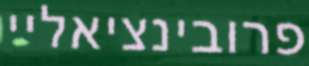
פרובינציאליי